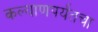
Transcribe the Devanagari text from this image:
कल्याणपर्यंतचा